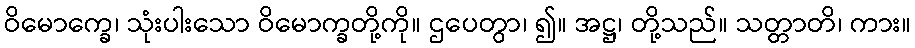
ဝိမောက္ခေ၊ သုံးပါးသော ဝိမောက္ခတို့ကို။ ဌပေတွာ၊ ၍။ အဋ္ဌ၊ တို့သည်။ သတ္တာတိ၊ ကား။